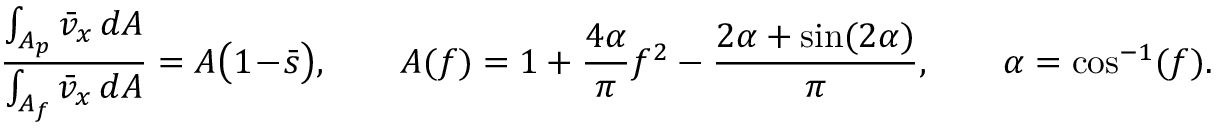
\frac { \int _ { A _ { p } } \bar { v } _ { x } \, d A } { \int _ { A _ { f } } \bar { v } _ { x } \, d A } = { \cal A } \bigl ( 1 \! - \! \bar { s } \bigr ) , \qquad { \cal A } ( f ) = 1 + \frac { 4 \alpha } { \pi } f ^ { 2 } - \frac { 2 \alpha + \sin ( 2 \alpha ) } { \pi } , \qquad \alpha = \cos ^ { - 1 } ( f ) .